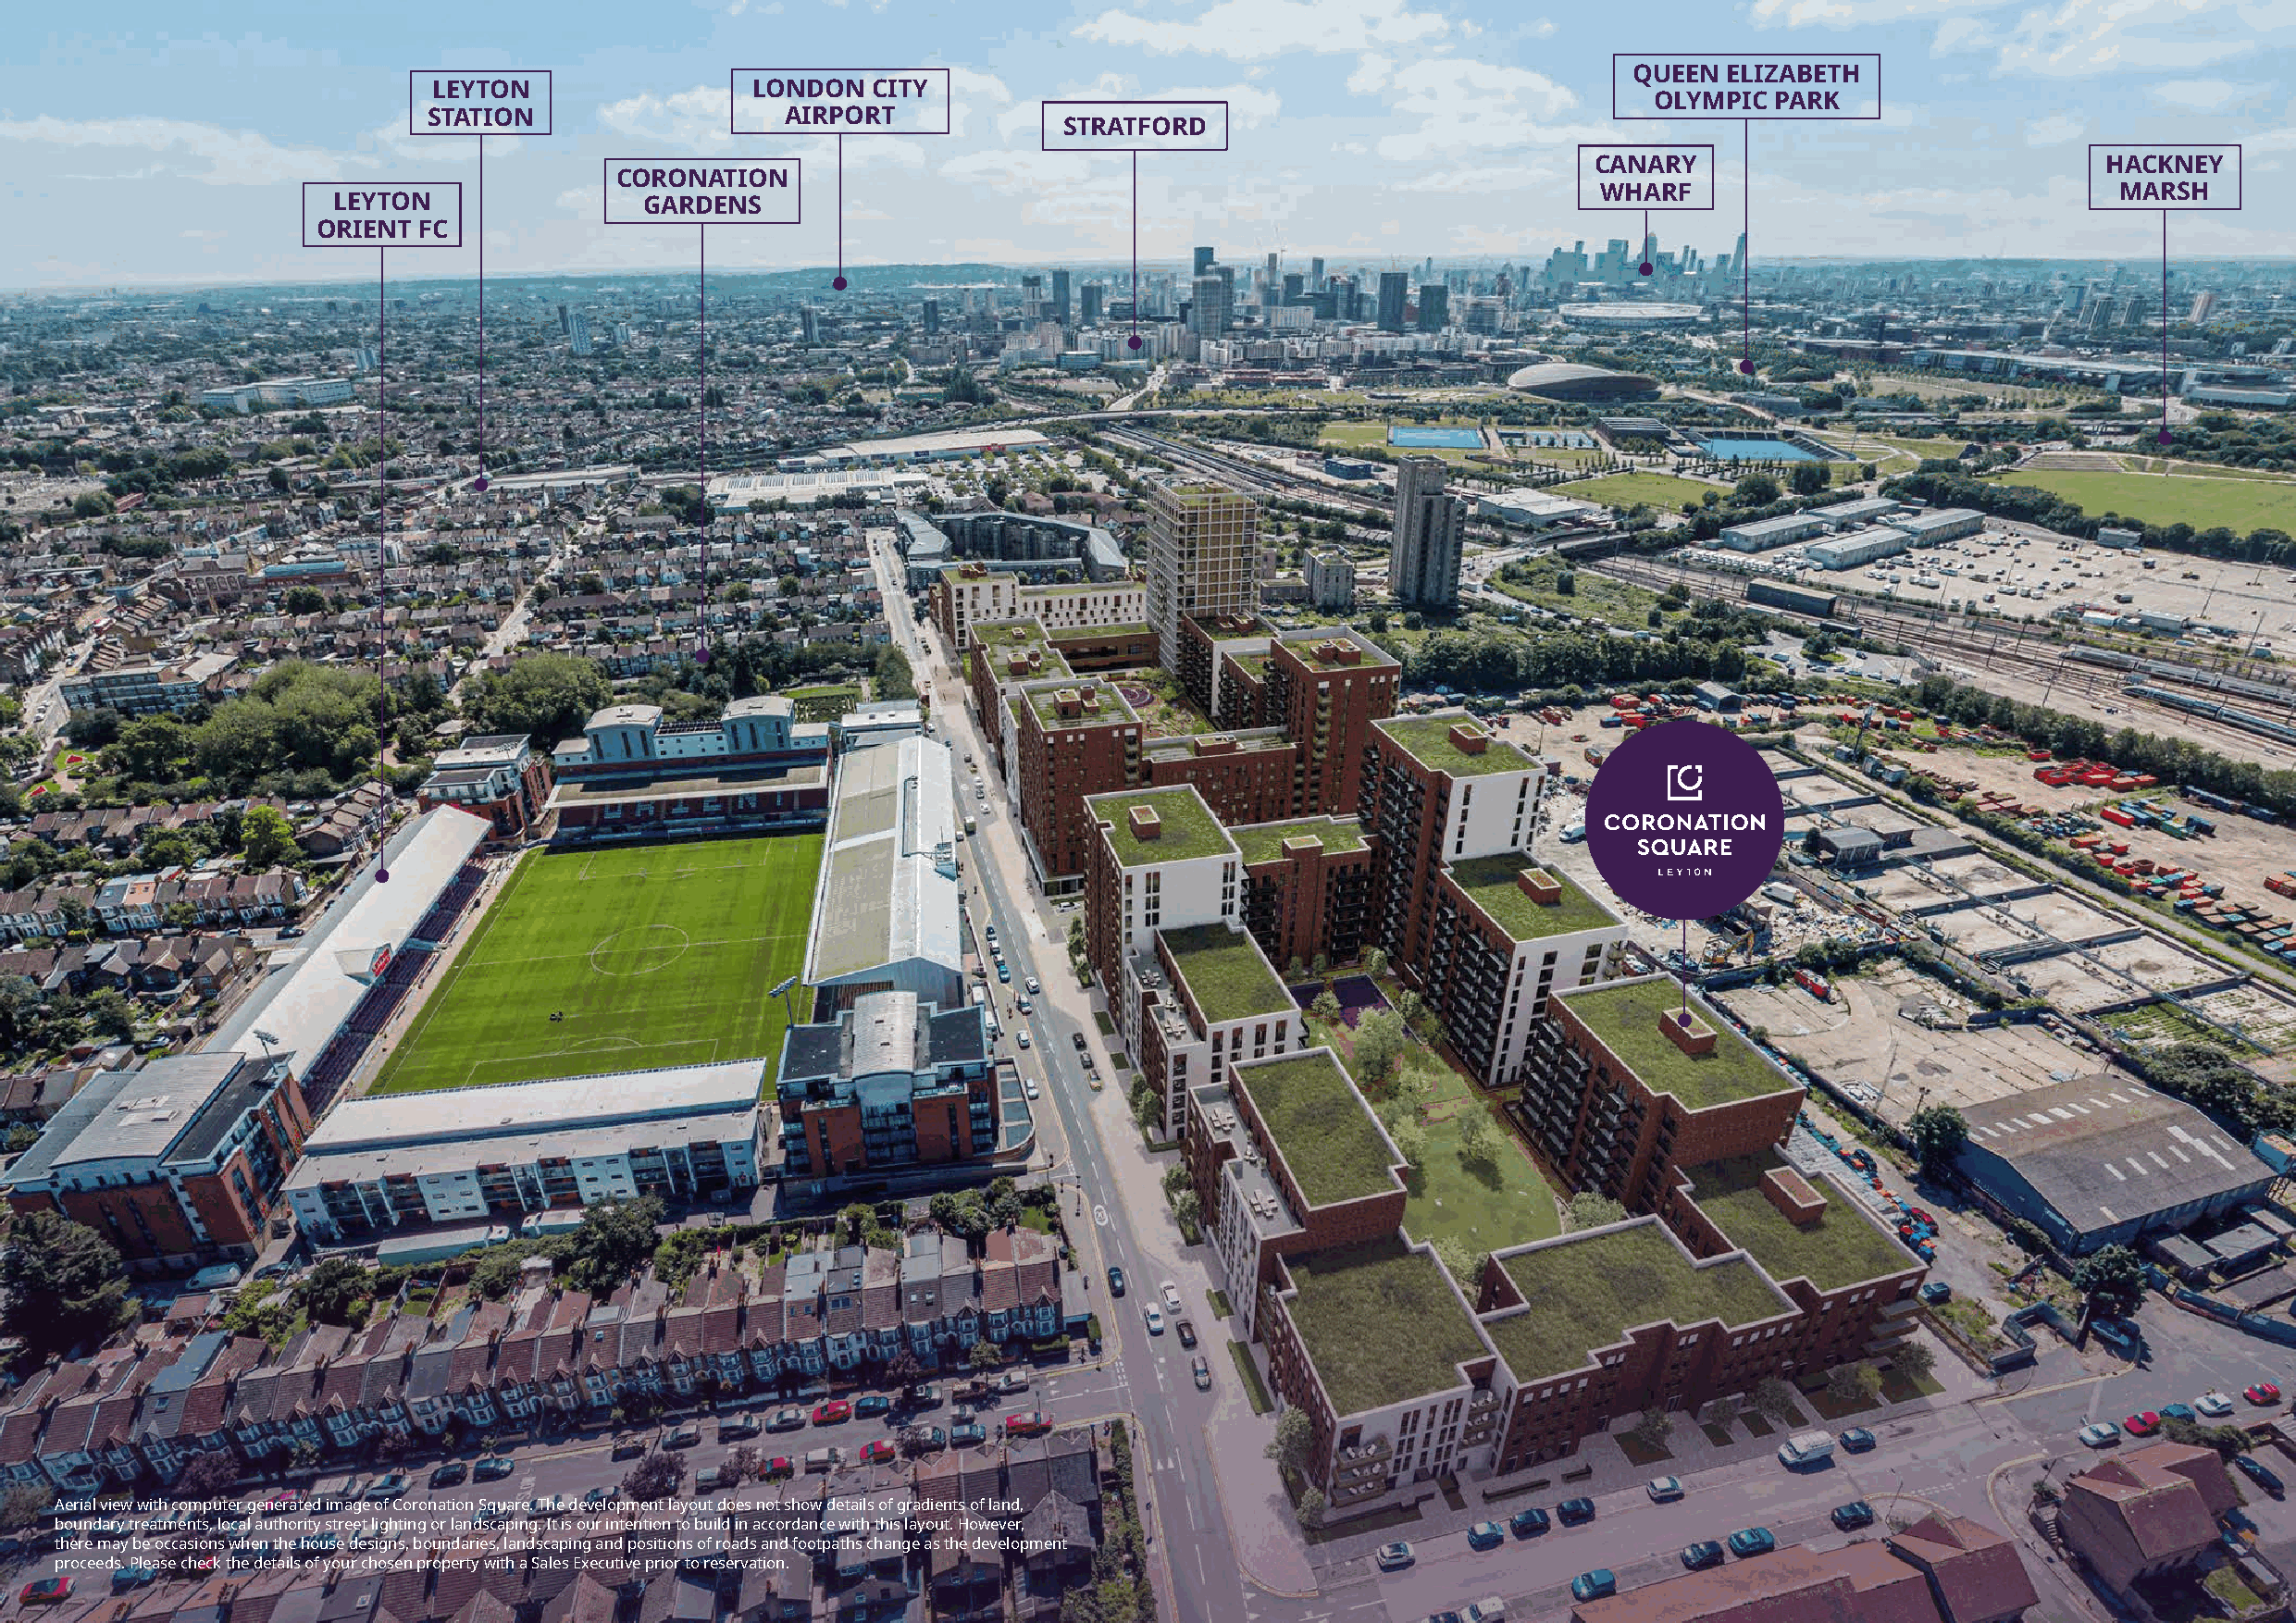
QUEEN ELIZABETH
 LEYTON                 LONDON  CITY
 OLYMPIC  PARK
 STATION                  AIRPORT
 STRATFORD
 CANARY                               HACKNEY
 CORONATION
 WHARF                                 MARSH
 LEYTON                GARDENS
 ORIENT FC
 Aerial view with computer generated image of Coronation Square. The development layout does not show details of gradients of land,
 boundary treatments, local authority street lighting or landscaping. It is our intention to build in accordance with this layout. However,
 there may be occasions when the house designs, boundaries, landscaping and positions of roads and footpaths change as the development
 proceeds. Please check the details of your chosen property with a Sales Executive prior to reservation.